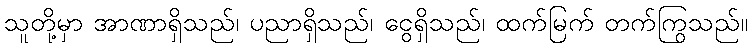
သူတို့မှာ အာဏာရှိသည်၊ ပညာရှိသည်၊ ငွေရှိသည်၊ ထက်မြက် တက်ကြွသည်။